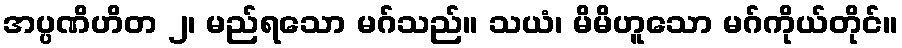
အပ္ပဏိဟိတ ၂၊ မည်ရသော မဂ်သည်။ သယံ၊ မိမိဟူသော မဂ်ကိုယ်တိုင်။